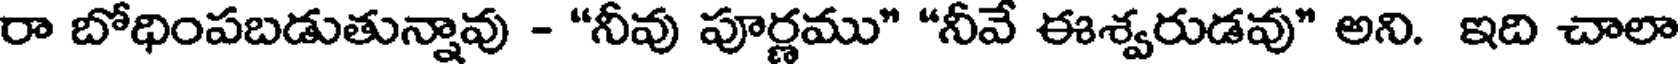
రా బోధింపబడుతున్నావు - "నీవు పూర్ణము" "నీవే ఈశ్వరుడవు" అని. ఇది చాలా